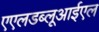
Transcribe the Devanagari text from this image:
एएलडब्लूआईएल